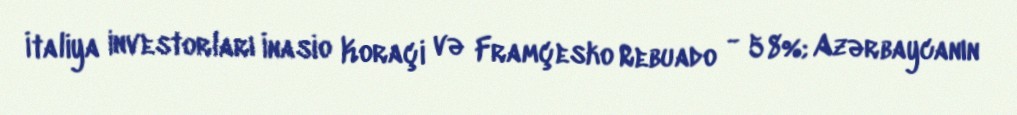
İtaliya investorları İnasio Koraçi və Framçesko Rebuado - 58%; Azərbaycanın